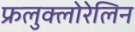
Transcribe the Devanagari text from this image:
फ्रलुक्लोरेलिन